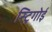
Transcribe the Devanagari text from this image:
स्ट्रिगोई